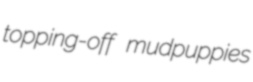
topping-off mudpuppies